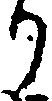
り